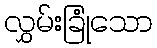
လွှမ်းခြုံသော